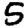
Digit: 5